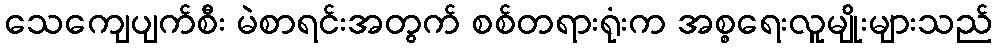
သေကျေပျက်စီး မဲစာရင်းအတွက် စစ်တရားရုံးက အစ္စရေးလူမျိုးများသည်